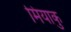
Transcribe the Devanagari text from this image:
मियाकु